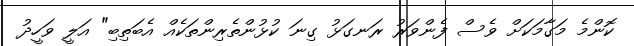
ކޮންމެ މަގާމަކަށް ވެސް ފެންވަރު ރަނގަޅު ގިނަ ކުޅުންތެރިންތަކެއް އެބަތިބި" އަލީ ވަހީދު